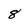
Character: 8